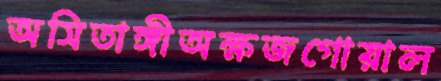
অসিতাঙ্গীঅক্ষজগোয়াল